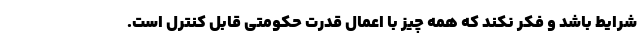
شرایط باشد و فکر نکند که همه چیز با اعمال قدرت حکومتی قابل کنترل است.